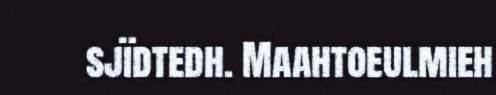
sjïdtedh. Maahtoeulmieh